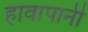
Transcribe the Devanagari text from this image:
हावापानी